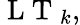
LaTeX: \mathrm{~L~T~}_{k},